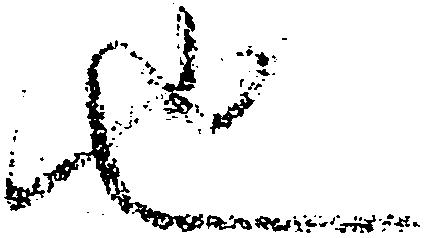
也